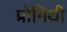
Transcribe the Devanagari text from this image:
प्रोमिथी